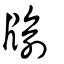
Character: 牏